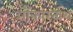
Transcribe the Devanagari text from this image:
ओँकारनाथ